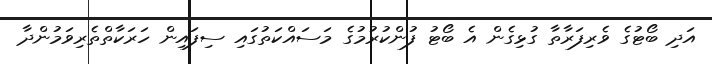
އަދި ބޯޓުގެ ވެރިފަރާތާ ގުޅިގެން އެ ބޯޓު ފުންކުރުމުގެ މަސައްކަތުގައި ސިފައިން ހަރަކާތްތެރިވަމުންދާ